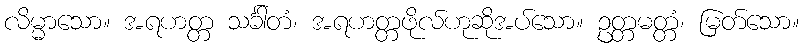
လိမ္မာသော။ အရဟတ္တ သင်္ခါတံ၊ အရဟတ္တဖိုလ်ဟုဆိုအပ်သော။ ဥတ္တမတ္တံ၊ မြတ်သော။